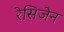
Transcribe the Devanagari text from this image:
रेसिजेन